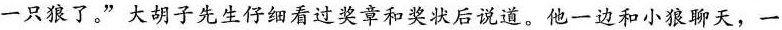
一只狼了。”大胡子先生仔细看过奖章和奖状后说道。他一边和小狼聊天，一